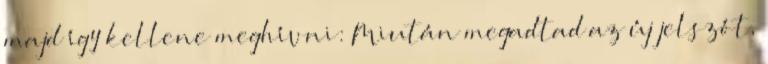
majd így kellene meghívni: Miután megadtad az új jelszót,